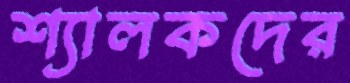
শ্যালকদের